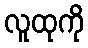
လူထုကို